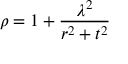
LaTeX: \rho = 1 + \frac { \lambda ^ { 2 } } { r ^ { 2 } + t ^ { 2 } }